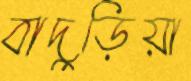
বাদুড়িয়া